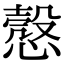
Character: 慤